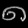
Digit: ၈